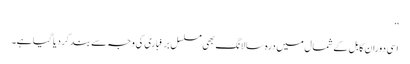
‘‘
اسی دوران کابل کے شمال میں درہ سالانگ بھی مسلسل برفباری کی وجہ سے بند کر دیا گیا ہے۔